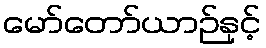
မော်တော်ယာဉ်နှင့်